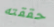
حققته